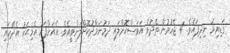
ގަޑިއިރު ނިދިފައެވެ. 4 ޖެހުމުން ތެދުވެ އަވަސްކޮށްލައި ދަމުނަމާދުކޮށްލަންވީއެވެ. އެއަށްފަހު އެމިޙަކު އެދޭހައި